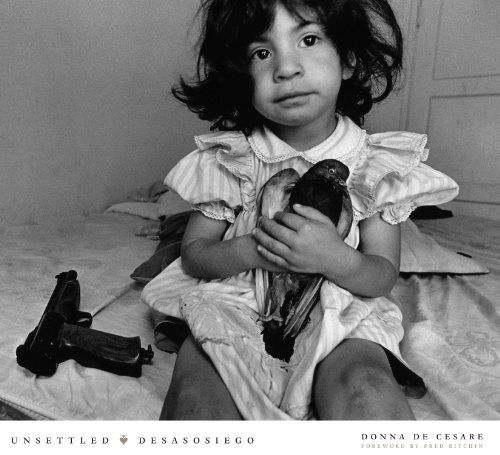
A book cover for Unsettled/Desasosiego: Children in a World of Gangs/Los niÃ±os en un mundo de las pandillas; Donna De Cesare; Arts & Photography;